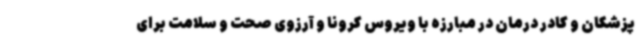
پزشکان و کادر درمان در مبارزه با ویروس کرونا و آرزوی صحت و سلامت برای